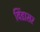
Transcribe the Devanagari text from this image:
विंडासर